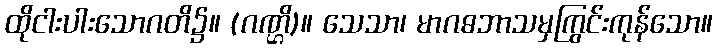
ထိုငါးပါးသောဂတိ၌။ (ဂဏ္ဌိ)။ သေသာ၊ မာဂဓဘာသမှကြွင်းကုန်သော။